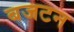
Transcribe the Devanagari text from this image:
बजटन